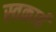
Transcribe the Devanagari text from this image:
स्वकार्ह